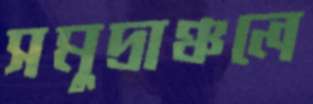
সমুদ্রাঞ্চলে